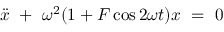
\Ddot { x } \ + \ \omega ^ { 2 } ( 1 + F \cos 2 \omega t ) x \ = \ 0